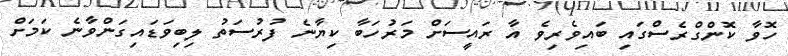
ހޮވާ ކޮންގްރެސްގައި ބައިވެރިވެ އާ ރައީސަށް މަރުހަބާ ކިޔާނެ ފުރުސަތު ލިބިވަޑައިގަންވާނެ ކަމަށް